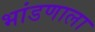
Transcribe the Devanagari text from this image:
भांडणाला